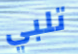
تلبي